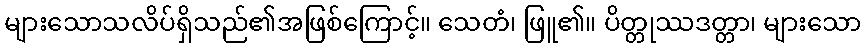
များသောသလိပ်ရှိသည်၏အဖြစ်ကြောင့်။ သေတံ၊ ဖြူ၏။ ပိတ္တုဿဒတ္တာ၊ များသော